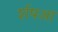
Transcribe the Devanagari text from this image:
र्शषआ